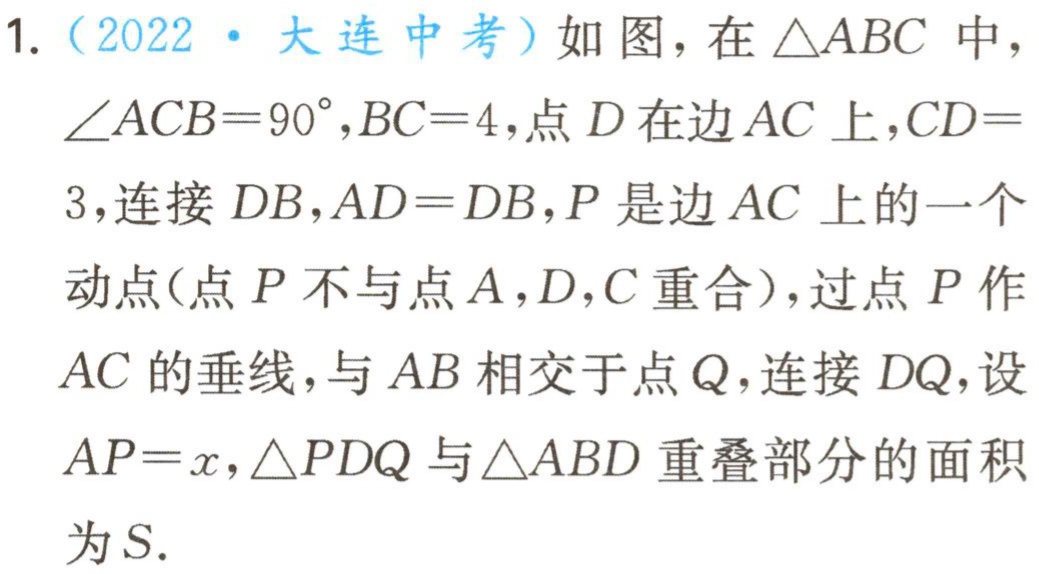
1.（2022·大连中考）如图，在\(\triangle ABC\)中，\(\angle ACB = 90^{\circ},BC = 4\)，点\(D\)在边\(AC\)上，\(CD = 3\)，连接\(DB\)，\(AD = DB\)，\(P\)是边\(AC\)上的一个动点（点\(P\)不与点\(A\)，\(D\)，\(C\)重合），过点\(P\)作\(AC\)的垂线，与\(AB\)相交于点\(Q\)，连接\(DQ\)，设\(AP = x\)，\(\triangle PDQ\)与\(\triangle ABD\)重叠部分的面积为\(S\).